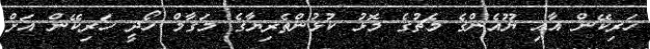
ހަރިކޭން އާއި ޔޫއެންގެ މެޗުގެ މޮޅު ކުޅުންތެރިޔާގެ މަގާމް ހޯދީ ހަރިކޭން އަށް